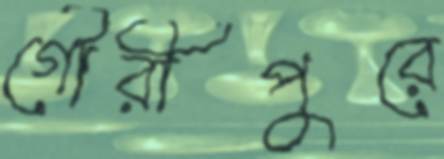
গৌরীপুরে